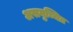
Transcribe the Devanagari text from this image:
असमुच्चित